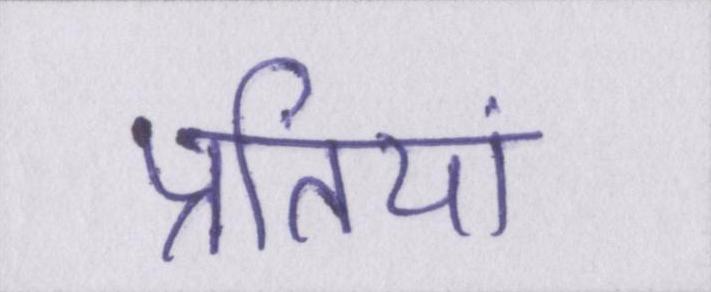
प्रतियां